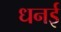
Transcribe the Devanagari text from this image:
धनई